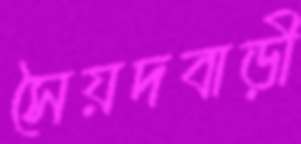
সৈয়দবাড়ী